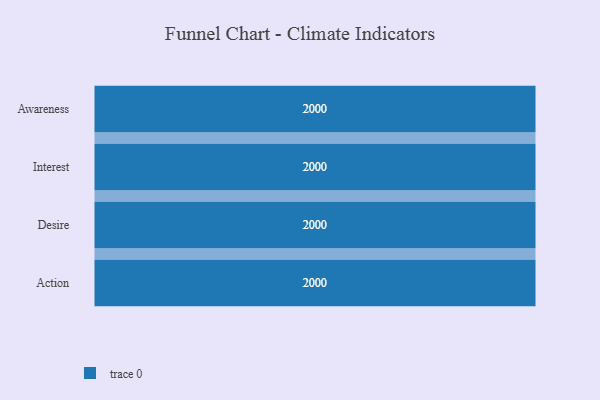
{"axis": {"x": "Stage", "y": "Value"}, "legend": [""], "data": [{"x": "Awareness", "y": 2000, "type": ""}, {"x": "Interest", "y": 2000, "type": ""}, {"x": "Desire", "y": 2000, "type": ""}, {"x": "Action", "y": 2000, "type": ""}]}